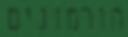
הורמונים